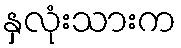
နှလုံးသားက